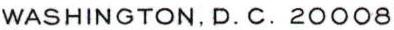
WASHINGTON, D.C. 20008